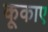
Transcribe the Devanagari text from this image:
कूकाए